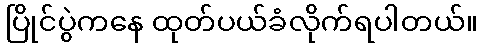
ပြိုင်ပွဲကနေ ထုတ်ပယ်ခံလိုက်ရပါတယ်။